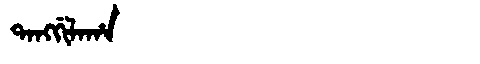
Manchu: ᡨᠠᠩᡤᡳᠯᠠᡥᠠ
Romanization: TANGGILAHA